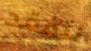
لتفقد